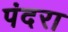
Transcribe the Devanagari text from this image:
पंदरा